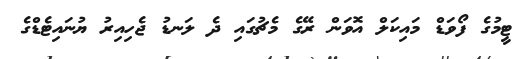
ޓީމުގެ ފޯވަޑް މަައިކަލް އޮވަން ރޭގެ މެޗުގައި ދެ ލަނޑު ޖެހިއިރު ޔުނައިޓެޑްގެ